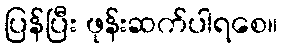
ပြန်ပြီး ဖုန်းဆက်ပါရစေ။